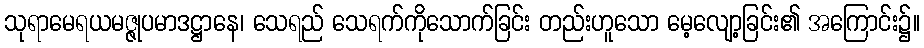
သုရာမေရယမဇ္ဇုပမာဒဋ္ဌာနေ၊ သေရည် သေရက်ကိုသောက်ခြင်း တည်းဟူသော မေ့လျော့ခြင်း၏ အကြောင်း၌။